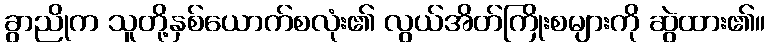
ခွာညိုက သူတို့နှစ်ယောက်စလုံး၏ လွယ်အိတ်ကြိုးစများကို ဆွဲထား၏။